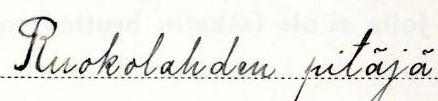
Ruokolahden pitäjä